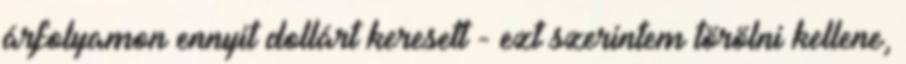
árfolyamon ennyit dollárt keresett - ezt szerintem törölni kellene,